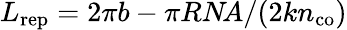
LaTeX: L_{\mathrm{rep}}=2\pi b-\pi RN\! A/(2kn_{\mathrm{co}})